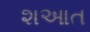
શઆત